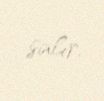
salır.